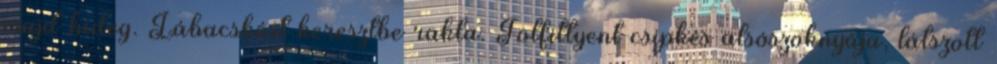
majd hideg. Lábacskáit keresztbe rakta. Fölfittyent csipkés alsószoknyája, látszott